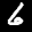
Label: 6